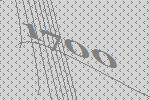
1700